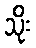
သိုး